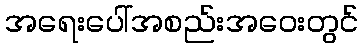
အရေးပေါ်အစည်းအဝေးတွင်